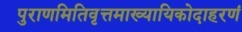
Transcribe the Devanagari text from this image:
पुराणमितिवृत्तमाख्यायिकोदाहरणं